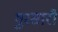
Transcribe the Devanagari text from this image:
गुरसारी